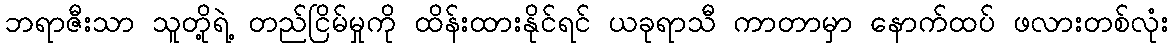
ဘရာဇီးသာ သူတို့ရဲ့ တည်ငြိမ်မှုကို ထိန်းထားနိုင်ရင် ယခုရာသီ ကာတာမှာ နောက်ထပ် ဖလားတစ်လုံး